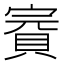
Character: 𧶉